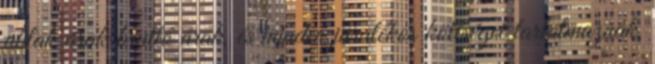
ablak árak bruttó árak, és minden járulékos költséget tartalmaznak,